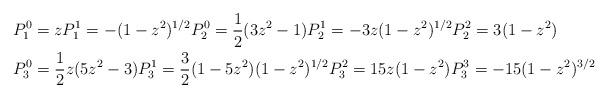
LaTeX: \begin{align*}P_{1}^{0} & =zP_{1}^{1}=-(1-z^{2})^{1/2}P_{2}^{0}=\frac{1}{2}(3z^{2}-1)P_{2}^{1}=-3z(1-z^{2})^{1/2}P_{2}^{2}=3(1-z^{2})\\P_{3}^{0} & =\frac{1}{2}z(5z^{2}-3)P_{3}^{1}=\frac{3}{2}(1-5z^{2})(1-z^{2})^{1/2}P_{3}^{2}=15z(1-z^{2})P_{3}^{3}=-15(1-z^{2})^{3/2}\end{align*}